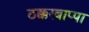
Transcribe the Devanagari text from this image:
ठक्करबाप्पा